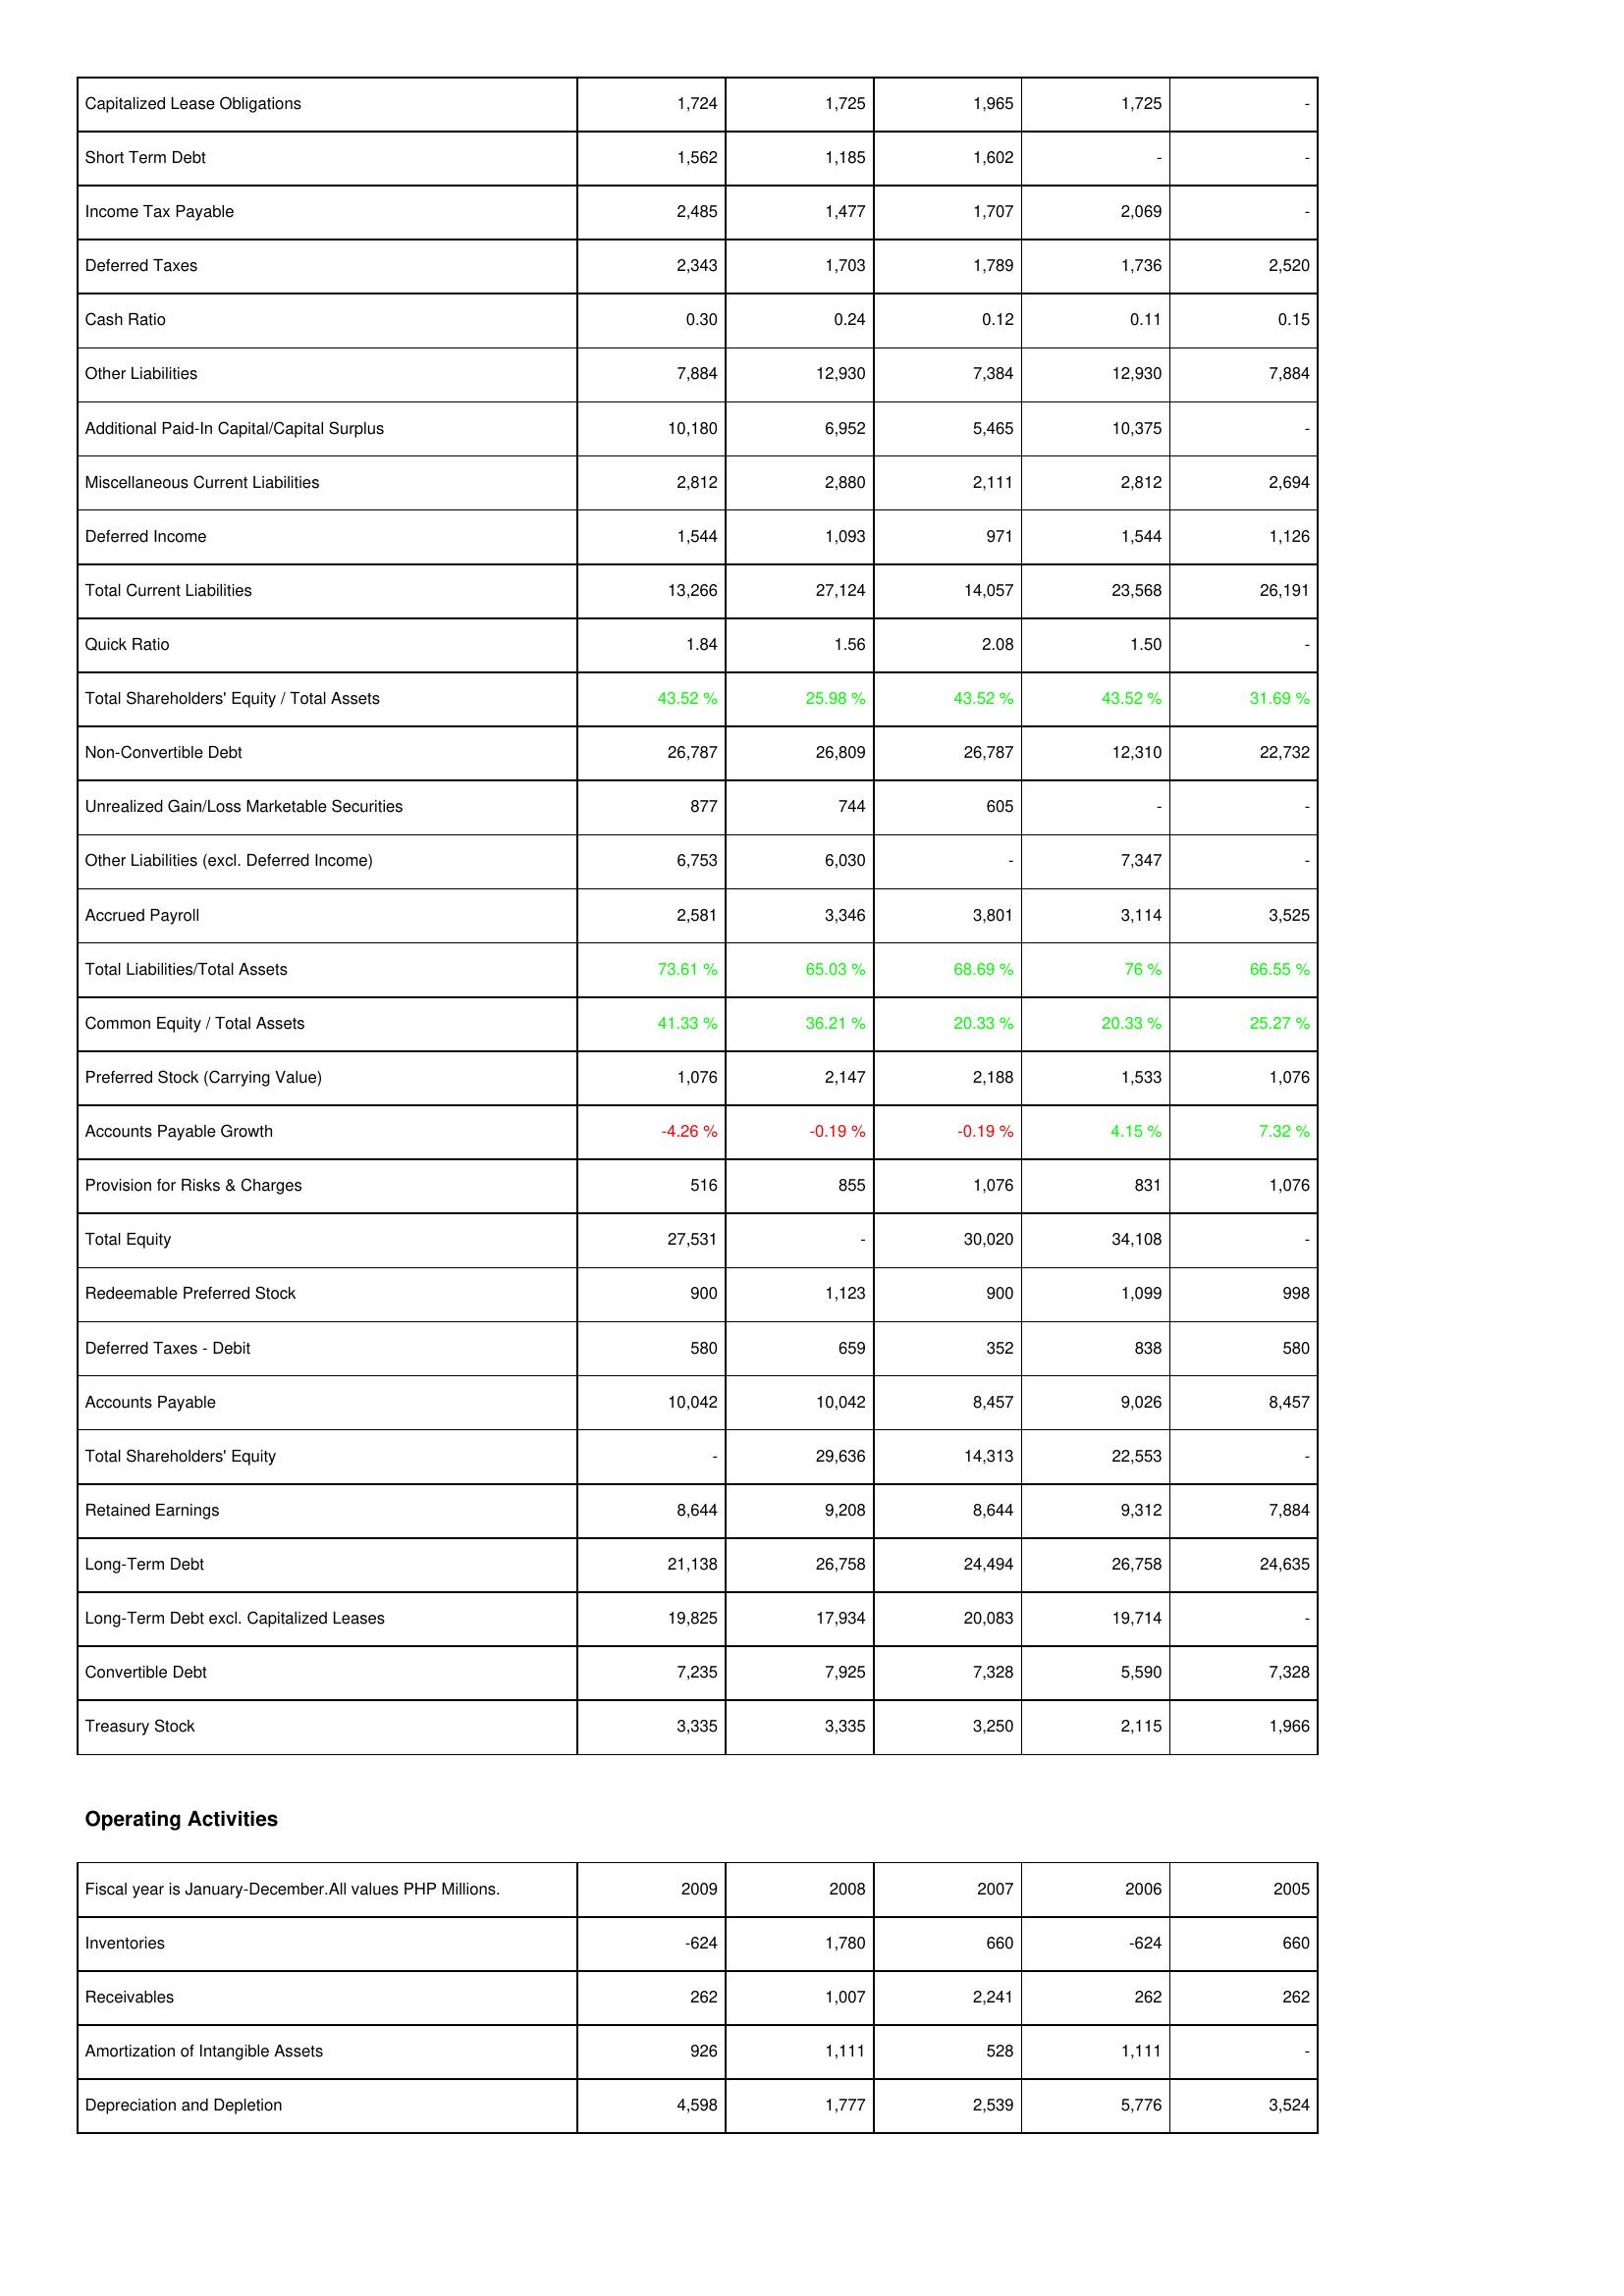
2009: Liabilities & Shareholders' Equity: Capitalized Lease Obligations: 1,724
Short Term Debt: 1,562
Income Tax Payable: 2,485
Deferred Taxes: 2,343
Cash Ratio: 0.30
Other Liabilities: 7,884
Additional Paid-In Capital/Capital Surplus: 10,180
Miscellaneous Current Liabilities: 2,812
Deferred Income: 1,544
Total Current Liabilities: 13,266
Quick Ratio: 1.84
Total Shareholders' Equity / Total Assets: 43.52 %
Non-Convertible Debt: 26,787
Unrealized Gain/Loss Marketable Securities: 877
Other Liabilities (excl. Deferred Income): 6,753
Accrued Payroll: 2,581
Total Liabilities/Total Assets: 73.61 %
Common Equity / Total Assets: 41.33 %
Preferred Stock (Carrying Value): 1,076
Accounts Payable Growth: -4.26 %
Provision for Risks & Charges: 516
Total Equity: 27,531
Redeemable Preferred Stock: 900
Deferred Taxes - Debit: 580
Accounts Payable: 10,042
Total Shareholders' Equity: -
Retained Earnings: 8,644
Long-Term Debt: 21,138
Long-Term Debt excl. Capitalized Leases: 19,825
Convertible Debt: 7,235
Treasury Stock: 3,335
Operating Activities: Inventories: -624
Receivables: 262
Amortization of Intangible Assets: 926
Depreciation and Depletion: 4,598
2008: Liabilities & Shareholders' Equity: Capitalized Lease Obligations: 1,725
Short Term Debt: 1,185
Income Tax Payable: 1,477
Deferred Taxes: 1,703
Cash Ratio: 0.24
Other Liabilities: 12,930
Additional Paid-In Capital/Capital Surplus: 6,952
Miscellaneous Current Liabilities: 2,880
Deferred Income: 1,093
Total Current Liabilities: 27,124
Quick Ratio: 1.56
Total Shareholders' Equity / Total Assets: 25.98 %
Non-Convertible Debt: 26,809
Unrealized Gain/Loss Marketable Securities: 744
Other Liabilities (excl. Deferred Income): 6,030
Accrued Payroll: 3,346
Total Liabilities/Total Assets: 65.03 %
Common Equity / Total Assets: 36.21 %
Preferred Stock (Carrying Value): 2,147
Accounts Payable Growth: -0.19 %
Provision for Risks & Charges: 855
Total Equity: -
Redeemable Preferred Stock: 1,123
Deferred Taxes - Debit: 659
Accounts Payable: 10,042
Total Shareholders' Equity: 29,636
Retained Earnings: 9,208
Long-Term Debt: 26,758
Long-Term Debt excl. Capitalized Leases: 17,934
Convertible Debt: 7,925
Treasury Stock: 3,335
Operating Activities: Inventories: 1,780
Receivables: 1,007
Amortization of Intangible Assets: 1,111
Depreciation and Depletion: 1,777
2007: Liabilities & Shareholders' Equity: Capitalized Lease Obligations: 1,965
Short Term Debt: 1,602
Income Tax Payable: 1,707
Deferred Taxes: 1,789
Cash Ratio: 0.12
Other Liabilities: 7,384
Additional Paid-In Capital/Capital Surplus: 5,465
Miscellaneous Current Liabilities: 2,111
Deferred Income: 971
Total Current Liabilities: 14,057
Quick Ratio: 2.08
Total Shareholders' Equity / Total Assets: 43.52 %
Non-Convertible Debt: 26,787
Unrealized Gain/Loss Marketable Securities: 605
Other Liabilities (excl. Deferred Income): -
Accrued Payroll: 3,801
Total Liabilities/Total Assets: 68.69 %
Common Equity / Total Assets: 20.33 %
Preferred Stock (Carrying Value): 2,188
Accounts Payable Growth: -0.19 %
Provision for Risks & Charges: 1,076
Total Equity: 30,020
Redeemable Preferred Stock: 900
Deferred Taxes - Debit: 352
Accounts Payable: 8,457
Total Shareholders' Equity: 14,313
Retained Earnings: 8,644
Long-Term Debt: 24,494
Long-Term Debt excl. Capitalized Leases: 20,083
Convertible Debt: 7,328
Treasury Stock: 3,250
Operating Activities: Inventories: 660
Receivables: 2,241
Amortization of Intangible Assets: 528
Depreciation and Depletion: 2,539
2006: Liabilities & Shareholders' Equity: Capitalized Lease Obligations: 1,725
Short Term Debt: -
Income Tax Payable: 2,069
Deferred Taxes: 1,736
Cash Ratio: 0.11
Other Liabilities: 12,930
Additional Paid-In Capital/Capital Surplus: 10,375
Miscellaneous Current Liabilities: 2,812
Deferred Income: 1,544
Total Current Liabilities: 23,568
Quick Ratio: 1.50
Total Shareholders' Equity / Total Assets: 43.52 %
Non-Convertible Debt: 12,310
Unrealized Gain/Loss Marketable Securities: -
Other Liabilities (excl. Deferred Income): 7,347
Accrued Payroll: 3,114
Total Liabilities/Total Assets: 76 %
Common Equity / Total Assets: 20.33 %
Preferred Stock (Carrying Value): 1,533
Accounts Payable Growth: 4.15 %
Provision for Risks & Charges: 831
Total Equity: 34,108
Redeemable Preferred Stock: 1,099
Deferred Taxes - Debit: 838
Accounts Payable: 9,026
Total Shareholders' Equity: 22,553
Retained Earnings: 9,312
Long-Term Debt: 26,758
Long-Term Debt excl. Capitalized Leases: 19,714
Convertible Debt: 5,590
Treasury Stock: 2,115
Operating Activities: Inventories: -624
Receivables: 262
Amortization of Intangible Assets: 1,111
Depreciation and Depletion: 5,776
2005: Liabilities & Shareholders' Equity: Capitalized Lease Obligations: -
Short Term Debt: -
Income Tax Payable: -
Deferred Taxes: 2,520
Cash Ratio: 0.15
Other Liabilities: 7,884
Additional Paid-In Capital/Capital Surplus: -
Miscellaneous Current Liabilities: 2,694
Deferred Income: 1,126
Total Current Liabilities: 26,191
Quick Ratio: -
Total Shareholders' Equity / Total Assets: 31.69 %
Non-Convertible Debt: 22,732
Unrealized Gain/Loss Marketable Securities: -
Other Liabilities (excl. Deferred Income): -
Accrued Payroll: 3,525
Total Liabilities/Total Assets: 66.55 %
Common Equity / Total Assets: 25.27 %
Preferred Stock (Carrying Value): 1,076
Accounts Payable Growth: 7.32 %
Provision for Risks & Charges: 1,076
Total Equity: -
Redeemable Preferred Stock: 998
Deferred Taxes - Debit: 580
Accounts Payable: 8,457
Total Shareholders' Equity: -
Retained Earnings: 7,884
Long-Term Debt: 24,635
Long-Term Debt excl. Capitalized Leases: -
Convertible Debt: 7,328
Treasury Stock: 1,966
Operating Activities: Inventories: 660
Receivables: 262
Amortization of Intangible Assets: -
Depreciation and Depletion: 3,524